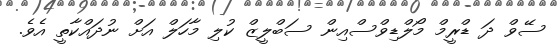
ސޭވް ދަ ޑްރީމް މޯލްޑިވްސްއިން ސަބްލީޒް ކުލި މާހަލް އަށް ނުދައްކާތީ އެވެ.